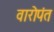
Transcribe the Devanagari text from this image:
वारोपंत